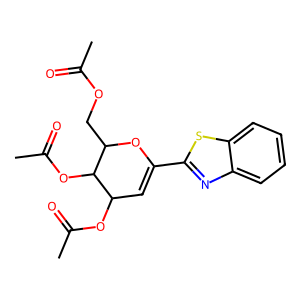
SMILES: CC(=O)OCC1OC(c2nc3ccccc3s2)=CC(OC(C)=O)C1OC(C)=O
Inhibits HIV replication: No